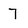
Character: 7